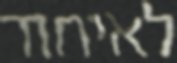
לאיחוד